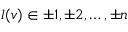
l ( v ) \in { \pm 1 , \pm 2 , \ldots , \pm n }